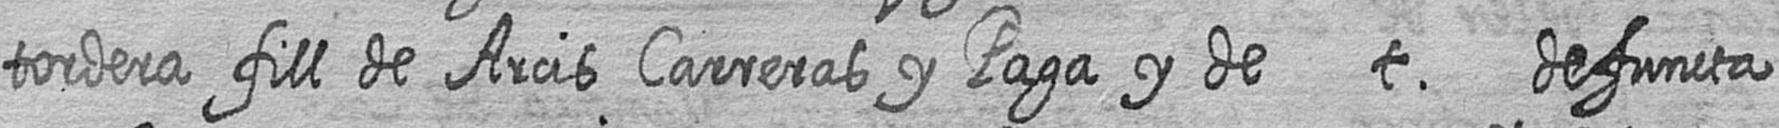
tordera fill de Arcis Carreras y Paga y de t defuncta